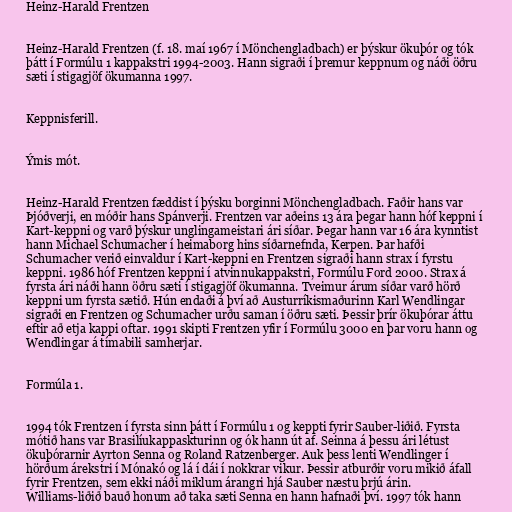
Heinz-Harald Frentzen

Heinz-Harald Frentzen (f. 18. maí 1967 í Mönchengladbach) er þýskur ökuþór og tók
þátt í Formúlu 1 kappakstri 1994-2003. Hann sigraði í þremur keppnum og náði öðru
sæti í stigagjöf ökumanna 1997.

Keppnisferill.

Ýmis mót.

Heinz-Harald Frentzen fæddist í þýsku borginni Mönchengladbach. Faðir hans var
Þjóðverji, en móðir hans Spánverji. Frentzen var aðeins 13 ára þegar hann hóf keppni í
Kart-keppni og varð þýskur unglingameistari ári síðar. Þegar hann var 16 ára kynntist
hann Michael Schumacher í heimaborg hins síðarnefnda, Kerpen. Þar hafði
Schumacher verið einvaldur í Kart-keppni en Frentzen sigraði hann strax í fyrstu
keppni. 1986 hóf Frentzen keppni í atvinnukappakstri, Formúlu Ford 2000. Strax á
fyrsta ári náði hann öðru sæti í stigagjöf ökumanna. Tveimur árum síðar varð hörð
keppni um fyrsta sætið. Hún endaði á því að Austurríkismaðurinn Karl Wendlingar
sigraði en Frentzen og Schumacher urðu saman í öðru sæti. Þessir þrír ökuþórar áttu
eftir að etja kappi oftar. 1991 skipti Frentzen yfir í Formúlu 3000 en þar voru hann og
Wendlingar á tímabili samherjar.

Formúla 1.

1994 tók Frentzen í fyrsta sinn þátt í Formúlu 1 og keppti fyrir Sauber-liðið. Fyrsta
mótið hans var Brasilíukappaskturinn og ók hann út af. Seinna á þessu ári létust
ökuþórarnir Ayrton Senna og Roland Ratzenberger. Auk þess lenti Wendlinger í
hörðum árekstri í Mónakó og lá í dái í nokkrar vikur. Þessir atburðir voru mikið áfall
fyrir Frentzen, sem ekki náði miklum árangri hjá Sauber næstu þrjú árin.
Williams-liðið bauð honum að taka sæti Senna en hann hafnaði því. 1997 tók hann